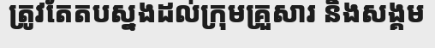
ត្រូវតែតបស្នងដល់ក្រុមគ្រួសារ និងសង្គម